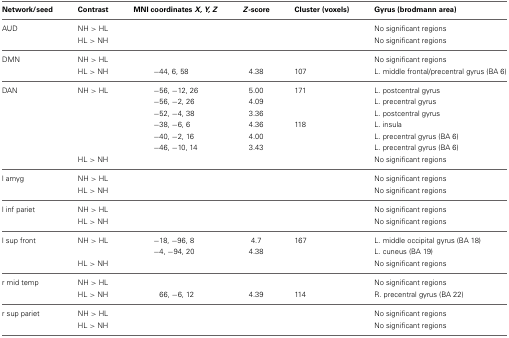
<table><thead><tr><td><b>Network/seed</b></td><td><b>Contrast</b></td><td><b>MNI coordinates <i>X, Y, Z</i></b></td><td><b><i>Z</i>-score</b></td><td><b>Cluster (voxels)</b></td><td><b>Gyrus (brodmann area)</b></td></tr></thead><tbody><tr><td>AUD</td><td>NH &gt; HL</td><td></td><td></td><td></td><td>No significant regions</td></tr><tr><td></td><td>HL &gt; NH</td><td></td><td></td><td></td><td>No significant regions</td></tr><tr><td>DMN</td><td>NH &gt; HL</td><td></td><td></td><td></td><td>No significant regions</td></tr><tr><td></td><td>HL &gt; NH</td><td>−44, 6, 58</td><td>4.38</td><td>107</td><td>L. middle frontal/precentral gyrus (BA 6)</td></tr><tr><td>DAN</td><td>NH &gt; HL</td><td>−56, −12, 26</td><td>5.00</td><td>171</td><td>L. postcentral gyrus</td></tr><tr><td></td><td></td><td>−56, −2, 26</td><td>4.09</td><td></td><td>L. precentral gyrus</td></tr><tr><td></td><td></td><td>−52, −4, 38</td><td>3.36</td><td></td><td>L. postcentral gyrus</td></tr><tr><td></td><td></td><td>−38, −6, 6</td><td>4.36</td><td>118</td><td>L. insula</td></tr><tr><td></td><td></td><td>−40, −2, 16</td><td>4.00</td><td></td><td>L. precentral gyrus (BA 6)</td></tr><tr><td></td><td></td><td>−46, −10, 14</td><td>3.43</td><td></td><td>L. precentral gyrus (BA 6)</td></tr><tr><td></td><td>HL &gt; NH</td><td></td><td></td><td></td><td>No significant regions</td></tr><tr><td>l amyg</td><td>NH &gt; HL</td><td></td><td></td><td></td><td>No significant regions</td></tr><tr><td></td><td>HL &gt; NH</td><td></td><td></td><td></td><td>No significant regions</td></tr><tr><td>l inf pariet</td><td>NH &gt; HL</td><td></td><td></td><td></td><td>No significant regions</td></tr><tr><td></td><td>HL &gt; NH</td><td></td><td></td><td></td><td>No significant regions</td></tr><tr><td>l sup front</td><td>NH &gt; HL</td><td>−18, −96, 8</td><td>4.7</td><td>167</td><td>L. middle occipital gyrus (BA 18)</td></tr><tr><td></td><td></td><td>−4, −94, 20</td><td>4.38</td><td></td><td>L. cuneus (BA 19)</td></tr><tr><td></td><td>HL &gt; NH</td><td></td><td></td><td></td><td>No significant regions</td></tr><tr><td>r mid temp</td><td>NH &gt; HL</td><td></td><td></td><td></td><td>No significant regions</td></tr><tr><td></td><td>HL &gt; NH</td><td>66, −6, 12</td><td>4.39</td><td>114</td><td>R. precentral gyrus (BA 22)</td></tr><tr><td>r sup pariet</td><td>NH &gt; HL</td><td></td><td></td><td></td><td>No significant regions</td></tr><tr><td></td><td>HL &gt; NH</td><td></td><td></td><td></td><td>No significant regions</td></tr></tbody></table>